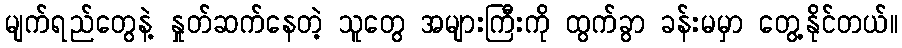
မျက်ရည်တွေနဲ့ နှုတ်ဆက်နေတဲ့ သူတွေ အများကြီးကို ထွက်ခွာ ခန်းမမှာ တွေ့နိုင်တယ်။